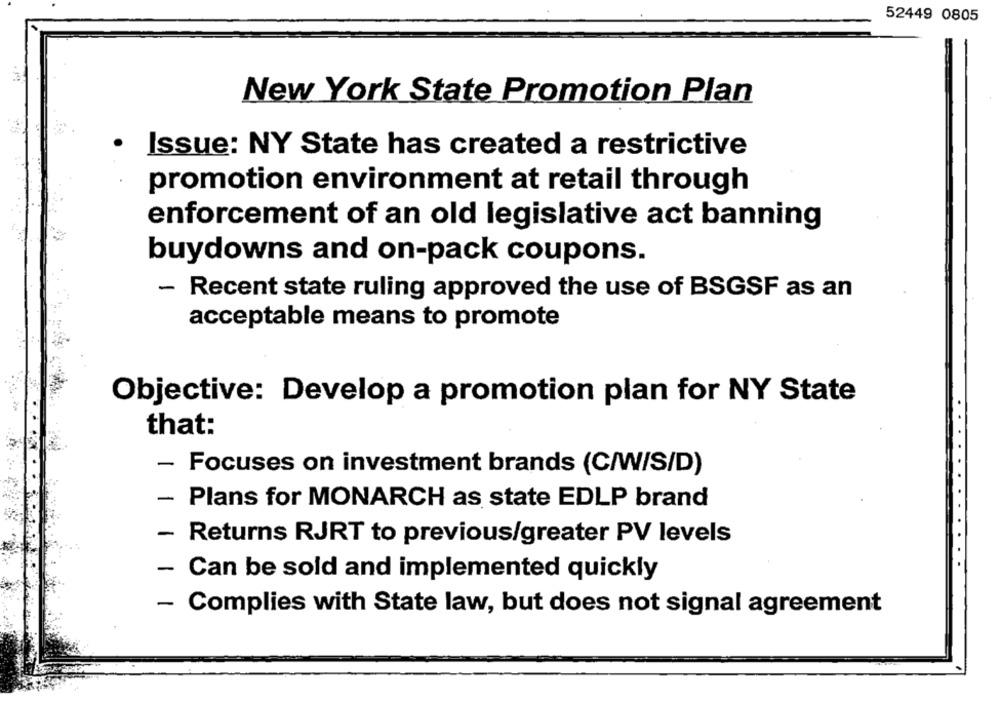
52449 0805
New York State Promotion Plan
Issue: NY State has created a restrictive
promotion environment at retail through
enforcement of an old legislative act banning
buydowns and on-pack coupons.
- Recent state ruling approved the use of BSGSF as an
acceptable means to promote
Objective: Develop a promotion plan for NY State
that:
-
Focuses on investment brands (C/W/S/D)
- Plans for MONARCH as state EDLP brand
- Returns RJRT to previous/greater PV levels
- Can be sold and implemented quickly
- Complies with State law, but does not signal agreement